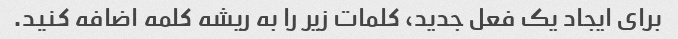
برای ایجاد یک فعل جدید، کلمات زیر را به ریشه کلمه اضافه کنید.